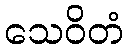
သေဝိတံ